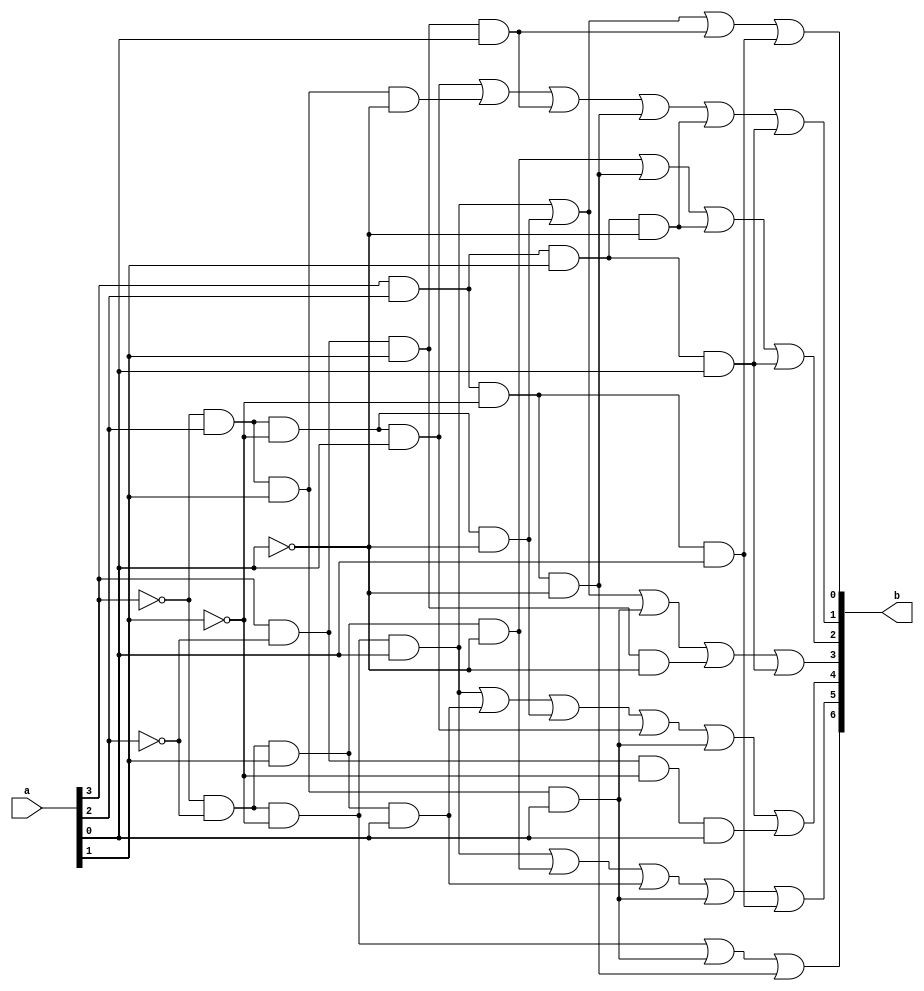
//module LAB2(a,b,c,d,e,f,g,h,i,j,k);   
//      input a,b,c,d;
//      output e,f,g,h,i,j,k;
//      assign e = ((~a & ~b & ~c & d) | (~a & b & ~c & ~d) | (a & ~b & c & d) | (a & b & ~c & d));
//      assign f = ((~a & b & ~c & d) | (~a & b & c & ~d) | (a & ~b & c & d) | (a & b & ~c & ~d) | (a & b & c & ~d) | (a & b & c & d));
//      assign g = ((~a & ~b & c & ~d) | (a & b & ~c & ~d) | (a & b & c & ~d) | (a & b & c & d));
//      assign h = ((~a & ~b & ~c & d) | (~a & b & ~c & ~d) | (~a & b & c & d) | (a & ~b & c & ~d) | (a & b & c & d));
//      assign i = ((~a & ~b & ~c & d) | (~a & ~b & c & d) | (~a & b & ~c & ~d) | (~a & b & ~c & d) | (~a & b & c & d) | (a & ~b & ~c & d));
//      assign j = ((~a & ~b & ~c & d) | (~a & ~b & c & ~d) | (~a & ~b & c & d) | (~a & b & c & d) | (a & b & ~c & d));
//      assign k = ((~a & ~b & ~c & ~d) | (~a & ~b & ~c & d) | (~a & b & c & d) | (a & b & ~c & ~d)); 
//endmodule

module LAB2(a,b);
input [3:0] a;
output [6:0] b;

assign b[0] = ((~a[3] & ~a[2] & ~a[1] & a[0]) | (~a[3] & a[2] & ~a[1] & ~a[0]) | (a[3] & ~a[2] & a[1] & a[0]) | (a[3] & a[2] & ~a[1] & a[0]));
assign b[1] = ((~a[3] & a[2] & ~a[1] & a[0]) | (~a[3] & a[2] & a[1] & ~a[0]) | (a[3] & ~a[2] & a[1] & a[0]) | (a[3] & a[2] & ~a[1] & ~a[0]) | (a[3] & a[2] & a[1] & ~a[0]) | (a[3] & a[2] & a[1] & a[0]));
assign b[2] = ((~a[3] & ~a[2] & a[1] & ~a[0]) | (a[3] & a[2] & ~a[1] & ~a[0]) | (a[3] & a[2] & a[1] & ~a[0]) | (a[3] & a[2] & a[1] & a[0]));
//assign b[2] = ((~a[3] & ~a[2] & a[1] & ~a[0]) | (a[3] & a[1] & ~a[0]) | (a[2] & a[1] & a[0]));
assign b[3] = ((~a[3] & ~a[2] & ~a[1] & a[0]) | (~a[3] & a[2] & ~a[1] & ~a[0]) | (~a[3] & a[2] & a[1] & a[0]) | (a[3] & ~a[2] & a[1] & ~a[0]) | (a[3] & a[2] & a[1] & a[0]));
assign b[4] = ((~a[3] & ~a[2] & ~a[1] & a[0]) | (~a[3] & ~a[2] & a[1] & a[0]) | (~a[3] & a[2] & ~a[1] & ~a[0]) | (~a[3] & a[2] & ~a[1] & a[0]) | (~a[3] & a[2] & a[1] & a[0]) | (a[3] & ~a[2] & ~a[1] & a[0]));
assign b[5] = ((~a[3] & ~a[2] & ~a[1] & a[0]) | (~a[3] & ~a[2] & a[1] & ~a[0]) | (~a[3] & ~a[2] & a[1] & a[0]) | (~a[3] & a[2] & a[1] & a[0]) | (a[3] & a[2] & ~a[1] & a[0]));
//assign b[6] = ((~a[3] & ~a[2] & ~a[1] & ~a[0]) | (~a[3] & ~a[2] & ~a[1] & a[0]) | (~a[3] & a[2] & a[1] & a[0]) | (a[3] & a[2] & ~a[1] & ~a[0]));
assign b[6] = ((~a[3] & ~a[2] & ~a[1]) | (~a[3] & a[2] & a[1] & a[0]) | (a[3] & a[2] & ~a[1] & ~a[0]));
 
endmodule

//part 3

//assign b[6] = ((~a[3] & ~a[2] & ~a[1]) | (~a[3] & a[2] & a[1] & a[0]) | (a[3] & a[2] & ~a[1] & ~a[0]));